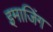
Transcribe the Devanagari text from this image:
इमाजिंग